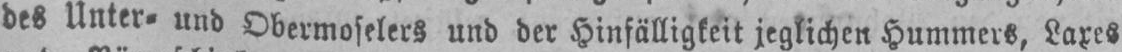
des Unter⸗ und Obermoselers und der Hinfälligkeit jeglichen Hummers, Laxes